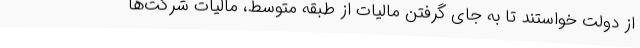
از دولت خواستند تا به جای گرفتن مالیات از طبقه‌ متوسط، مالیات شرکت‌ها